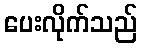
ပေးလိုက်သည်